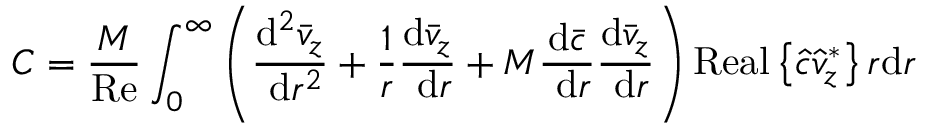
C = \frac { M } { \operatorname { R e } } \int _ { 0 } ^ { \infty } \left( \frac { \mathrm { d } ^ { 2 } \bar { v } _ { z } } { \mathrm { ~ d } r ^ { 2 } } + \frac { 1 } { r } \frac { \mathrm { d } \bar { v } _ { z } } { \mathrm { ~ d } r } + M \frac { \mathrm { d } \bar { c } } { \mathrm { ~ d } r } \frac { \mathrm { d } \bar { v } _ { z } } { \mathrm { ~ d } r } \right) \operatorname { R e a l } \left\{ \hat { c } \hat { v } _ { z } ^ { * } \right\} r \mathrm { d } r